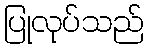
ပြုလုပ်သည်